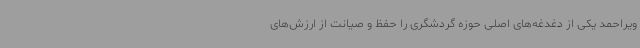
ویراحمد یکی از دغدغه‌های اصلی حوزه گردشگری را حفظ و صیانت از ارزش‌های